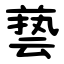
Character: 兿